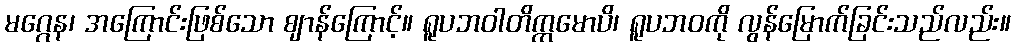
မဂ္ဂေန၊ အကြောင်းဖြစ်သော ဈာန်ကြောင့်။ ရူပဘဝါတိက္ကမောပိ၊ ရူပဘဝကို လွန်မြောက်ခြင်းသည်လည်း။